Studies on the mouth parts a Comparative anatomy of the proboscis in the blood-sucking muscidae - Number 60
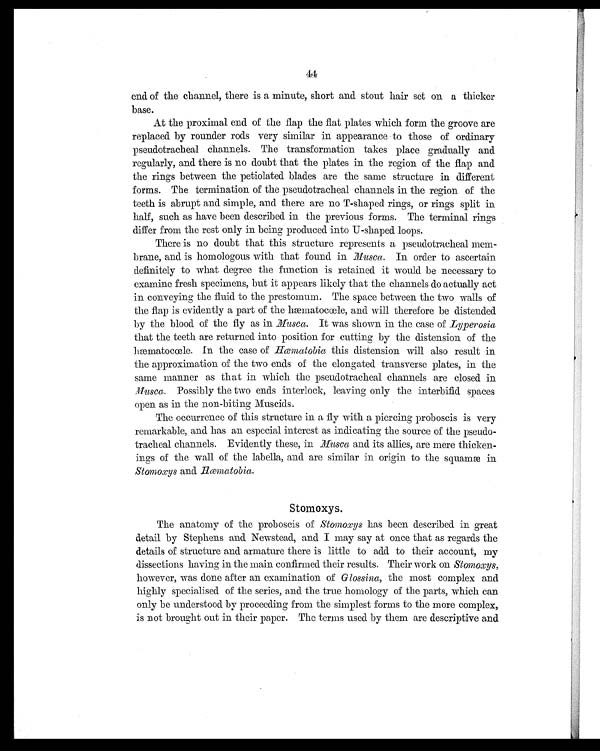
44
end of the channel, there is a minute, short and stout hair set on a thicker
base.
At the proximal end of the flap the flat plates which form the groove are
replaced by rounder rods very similar in appearance to those of ordinary
pseudotracheal channels. The transformation takes place gradually and
regularly, and there is no doubt that the plates in the region of the flap and
the rings between the petiolated blades are the same structure in different
forms. The termination of the pseudotracheal channels in the region of the
teeth is abrupt and simple, and there are no T-shaped rings, or rings split in
half, such as have been described in the previous forms. The terminal rings
differ from the rest only in being produced into U-shaped loops.
There is no doubt that this structure represents a pseudotracheal mem-
brane, and is homologous with that found in Musca . In order to ascertain
definitely to what degree the function is retained it would be necessary to
examine fresh specimens, but it appears likely that the channels do actually act
in conveying the fluid to the prestomum. The space between the two walls of
the flap is evidently a part of the hæmatocœle, and will therefore be distended
by the blood of the fly as in Musca . It was shown in the case of Lyperosia
that the teeth are returned into position for cutting by the distension of the
hæmatocoele. In the case of Hæmatobia this distension will also result in
the approximation of the two ends of the elongated transverse plates, in the
same manner as that in which the pseudotracheal channels are closed in
Musca . Possibly the two ends interlock, leaving only the interbifid spaces
open as in the non-biting Muscids.
The occurrence of this structure in a fly with a piercing proboscis is very
remarkable, and has an especial interest as indicating the source of the pseudo-
tracheal channels. Evidently these, in Musca and its allies, are mere thicken-
ings of the wall of the labella, and are similar in origin to the squamæ in
Stomoxys and Hæmatobia.
Stomoxys.
The anatomy of the proboscis of Stomoxys has been described in great
detail by Stephens and Newstead, and I may say at once that as regards the
details of structure and armature there is little to add to their account, my
dissections having in the main confirmed their results. Their work on Stomoxys,
however, was done after an examination of Glossina, the most complex and
highly specialised of the series, and the true homology of the parts, which can
only be understood by proceeding from the simplest forms to the more complex,
is not brought out in their paper. The terms used by them are descriptive and